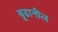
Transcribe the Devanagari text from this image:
बूढानील